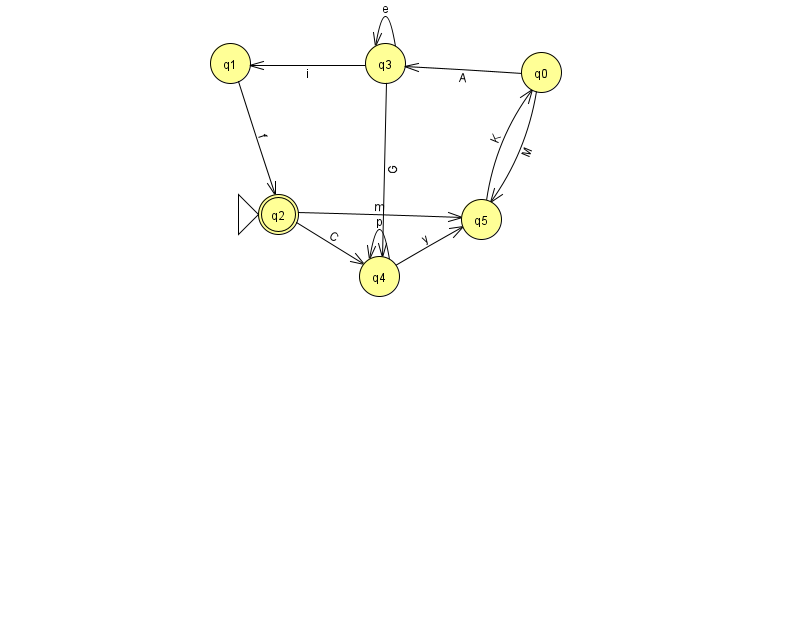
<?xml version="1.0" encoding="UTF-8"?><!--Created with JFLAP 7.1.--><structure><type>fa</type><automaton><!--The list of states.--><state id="0" name="q0"><x>541.0</x><y>59.0</y></state><state id="1" name="q1"><x>230.0</x><y>50.0</y></state><state id="2" name="q2"><x>278.0</x><y>201.0</y><initial/><final/></state><state id="3" name="q3"><x>385.0</x><y>50.0</y></state><state id="4" name="q4"><x>379.0</x><y>263.0</y></state><state id="5" name="q5"><x>481.0</x><y>206.0</y></state><!--The list of transitions.--><transition><from>4</from><to>4</to><read>p</read></transition><transition><from>3</from><to>1</to><read>i</read></transition><transition><from>1</from><to>2</to><read>f</read></transition><transition><from>2</from><to>4</to><read>C</read></transition><transition><from>3</from><to>3</to><read>e</read></transition><transition><from>0</from><to>5</to><read>M</read></transition><transition><from>3</from><to>4</to><read>G</read></transition><transition><from>4</from><to>5</to><read>y</read></transition><transition><from>0</from><to>3</to><read>A</read></transition><transition><from>2</from><to>5</to><read>m</read></transition><transition><from>5</from><to>0</to><read>K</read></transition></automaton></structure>